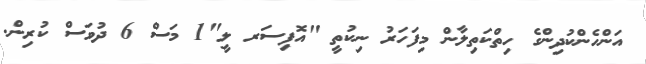
އަންހެންކުދިންގެ ހިތްކަތިލާން މިފަހަރު ނިކުތީ "އޮފިސަރ ލީ"1 މަސް 6 ދުވަސް ކުރިން.